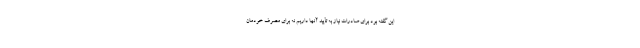
این گفته بود برای صادرات نیاز به تأیید آنها داریم نه برای مصرف خودمان